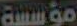
مؤسسة